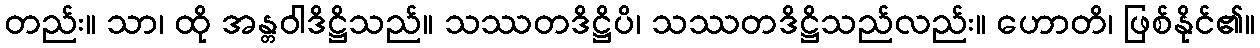
တည်း။ သာ၊ ထို အန္တဝါဒိဋ္ဌိသည်။ သဿတဒိဋ္ဌိပိ၊ သဿတဒိဋ္ဌိသည်လည်း။ ဟောတိ၊ ဖြစ်နိုင်၏။